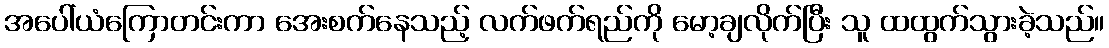
အပေါ်ယံကြောတင်းကာ အေးစက်နေသည့် လက်ဖက်ရည်ကို မော့ချလိုက်ပြီး သူ ထထွက်သွားခဲ့သည်။